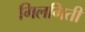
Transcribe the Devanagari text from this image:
गिलगिती